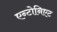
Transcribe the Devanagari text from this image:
एन्टोनिएट